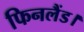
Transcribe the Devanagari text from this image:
फिनलैंड।